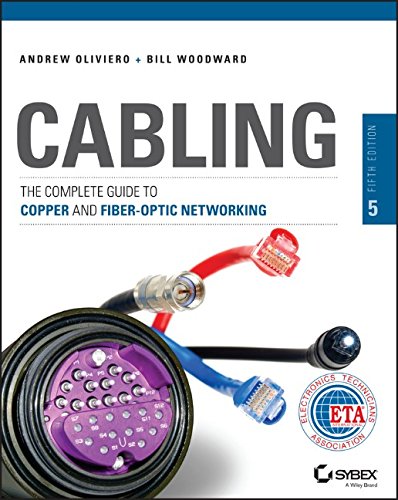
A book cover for Cabling: The Complete Guide to Copper and Fiber-Optic Networking; Andrew Oliviero; Computers & Technology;